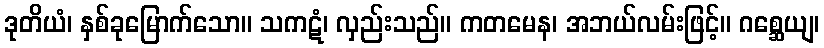
ဒုတိယံ၊ နှစ်ခုမြောက်သော။ သကဋံ၊ လှည်းသည်။ ကတမေန၊ အဘယ်လမ်းဖြင့်။ ဂစ္ဆေယျ၊